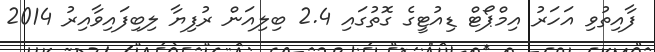
ފާއިތުވި އަހަރު އިމްޕޯޓް ޑިއުޓީގެ ގޮތުގައި 2.4 ބިލިއަން ރުފިޔާ ލިބިފައިވާއިރު 2014